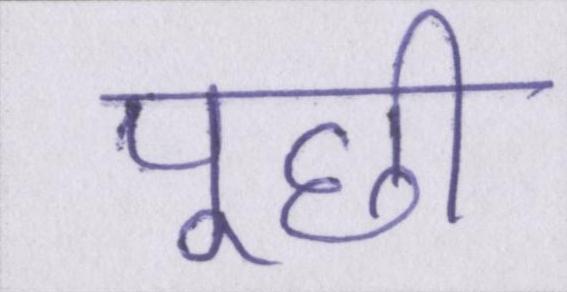
पूछी